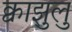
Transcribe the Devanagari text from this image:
क्वाझुलु